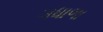
ગધાળા